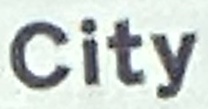
City